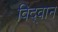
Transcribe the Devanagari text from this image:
विद्‌वान